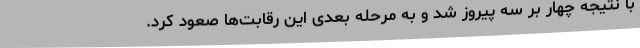
با نتیجه چهار بر سه پیروز شد و به مرحله بعدی این رقابت‌ها صعود کرد.